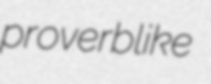
proverblike